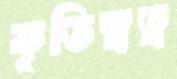
কৃতিস্বত্ব